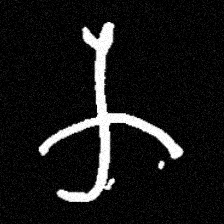
Pyu character \u2014 Myanmar letter: က (romanized: ka)